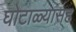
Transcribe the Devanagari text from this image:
घोटाळ्यासह